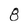
Character: 8